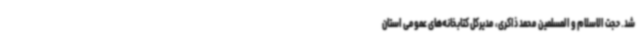
شد. حجت الاسلام و المسلمین محمد ذاکری، مدیرکل کتابخانه‌های عمومی استان